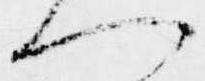
へ